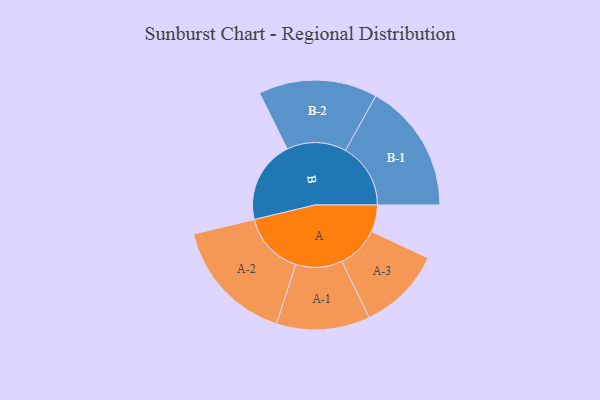
{"axis": {"x": "Segment", "y": "Value"}, "legend": ["", "A", "B"], "data": [{"x": "A", "y": 122, "type": ""}, {"x": "B", "y": 375, "type": ""}, {"x": "A-1", "y": 212, "type": "A"}, {"x": "A-2", "y": 285, "type": "A"}, {"x": "A-3", "y": 191, "type": "A"}, {"x": "B-1", "y": 296, "type": "B"}, {"x": "B-2", "y": 270, "type": "B"}]}